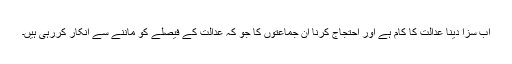
اب سزا دینا عدالت کا کام ہے اور احتجاج کرنا ان جماعتوں کا جو کہ عدالت کے فیصلے کو ماننے سے انکار کررہی ہیں۔